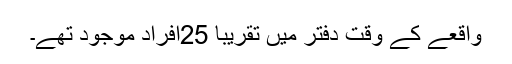
واقعے کے وقت دفتر میں تقریباً 25افراد موجود تھے۔